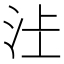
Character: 𱥿